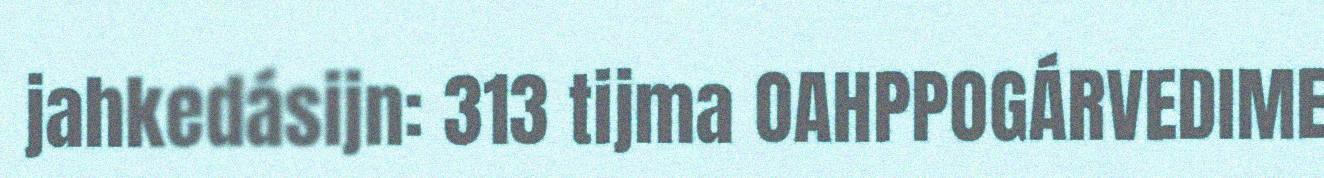
jahkedásijn: 313 tijma OAHPPOGÁRVEDIME